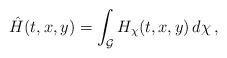
LaTeX: \begin{align*} \hat{H}(t,x,y)=\int_{\mathcal{G}}H_{\chi}(t,x,y) \, d\chi \,, \end{align*}